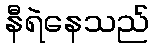
နီရဲနေသည်